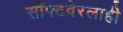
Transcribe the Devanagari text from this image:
सॉफ्टवेरलाही